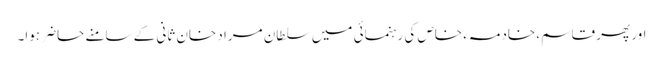
اور پھر قاسم، خادمہء خاص کی رہنمائی میں سلطان مراد خان ثانی کے سامنے حاضر ہوا۔